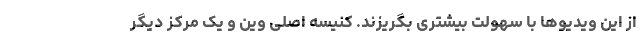
از این ویدیوها با سهولت بیشتری بگریزند. کنیسه اصلی وین و یک مرکز دیگر